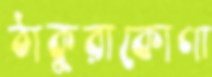
ঠাকুরাকোণা